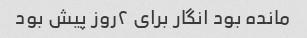
مانده بود انگار براى ٢روز پیش بود